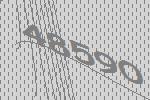
48590